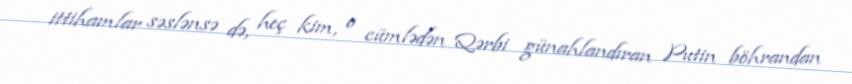
ittihamlar səslənsə də, heç kim, o cümlədən Qərbi günahlandıran Putin böhrandan